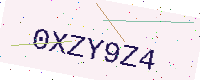
Text: 0XZY9Z4